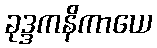
ခုဒ္ဒကနိကာယေ